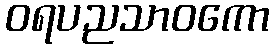
ဝရပညသာဝကော